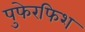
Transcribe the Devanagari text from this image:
पुफेरफिश